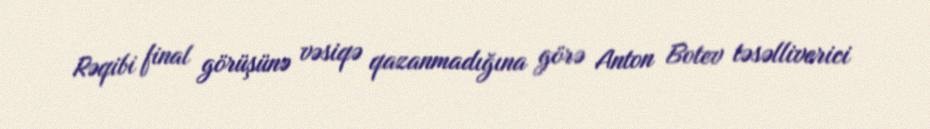
Rəqibi final görüşünə vəsiqə qazanmadığına görə Anton Botev təsəlliverici